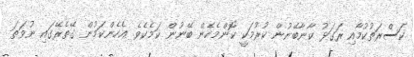
ކަސްރަތުކުމާއި ރަގަޅު ކާނާބޭނުން ކުރުމަކީ ކޮންމެހެން ބޭނުން ކަމެކެވެ. އެހެންކަމުން ގޭތެރޭގައި ނުވަތަ